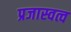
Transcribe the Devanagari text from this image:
प्रजास्वत्व